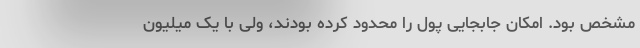
مشخص بود. امکان جابجایی پول را محدود کرده بودند، ولی با یک میلیون